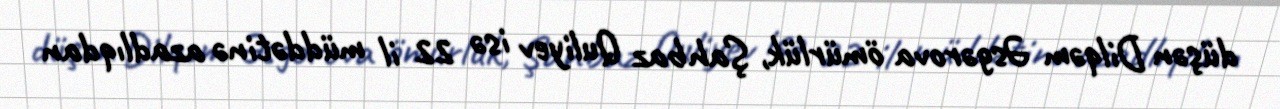
düşən Dilqəm Əsgərova ömürlük, Şahbaz Quliyev isə 22 il müddətinə azadlıqdan